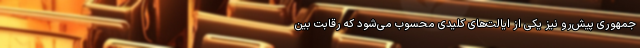
جمهوری پیش‌رو نیز یکی از ایالت‌های کلیدی محسوب می‌شود که رقابت بین